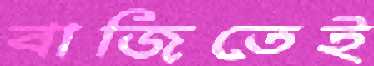
বাজিতেই